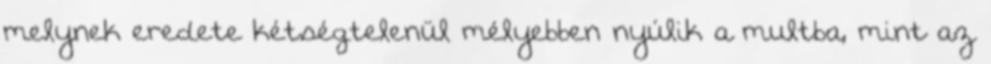
melynek eredete kétségtelenül mélyebben nyúlik a multba, mint az